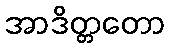
အာဒိတ္တတော